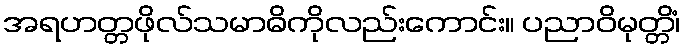
အရဟတ္တဖိုလ်သမာဓိကိုလည်းကောင်း။ ပညာဝိမုတ္တိံ၊